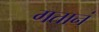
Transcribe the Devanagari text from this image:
गतानं